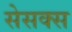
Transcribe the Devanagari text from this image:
सेसक्स